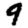
Digit: 9